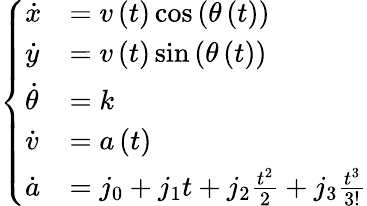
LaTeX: \left\{ \begin{array}{ll}{\dot{x}}&{=v\left(t\right)\cos\left(\theta\left(t\right)\right)}\\ {\dot{y}}&{=v\left(t\right)\sin\left(\theta\left(t\right)\right)}\\ {\dot{\theta}}&{=k}\\ {\dot{v}}&{=a\left(t\right)}\\ {\dot{a}}&{=j_{0}+j_{1}t+j_{2}\frac{t^{2}}{2}+j_{3}\frac{t^{3}}{3!}}\end{array}\right.